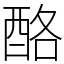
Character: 酪